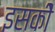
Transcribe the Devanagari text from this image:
इसकीे